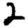
Digit: 2